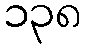
၁၃၈